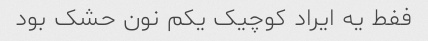
ففط یه ایراد کوچیک یکم نون حشک بود